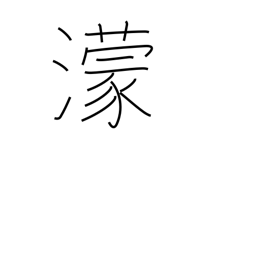
Meaning: dark